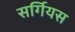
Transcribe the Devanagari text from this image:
सर्गियस